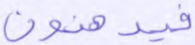
فيدهنون